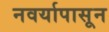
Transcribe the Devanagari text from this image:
नवर्यापासून